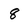
Character: 8